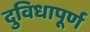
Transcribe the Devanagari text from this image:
दुविधापूर्ण